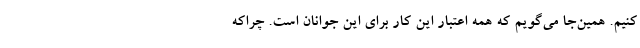
کنیم. همین‌جا می‌گویم که همه اعتبار این کار برای این جوانان است. چراکه